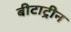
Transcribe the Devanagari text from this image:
बीटाट्रीन